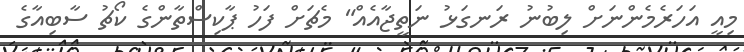
މިއީ އަހަރެމެންނަށް ލިބުނު ރަނގަޅު ނަތީޖާއެއް" މެޗަށް ފަހު ޕާކިސްތާންގެ ކޯޗު ސާބިއާގެ